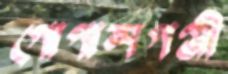
গোপালগঞ্জী